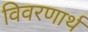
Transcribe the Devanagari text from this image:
विवरणार्थ